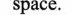
space.